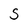
Character: S